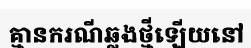
គ្មានករណីឆ្លងថ្មីឡើយនៅ